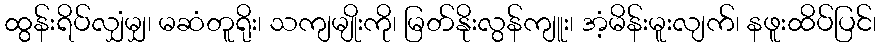
ထွန်းရိပ်လျှံမျှ၊ မဆံတူရိုး၊ သကျမျိုးကို၊ မြတ်နိုးလွန်ကျူး၊ အံ့မိန်းမူးလျက်၊ နဖူးထိပ်ပြင်၊